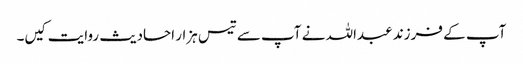
آپ کے فرزند عبداللہ نے آپ سے تیس ہزار احادیث روایت کیں۔